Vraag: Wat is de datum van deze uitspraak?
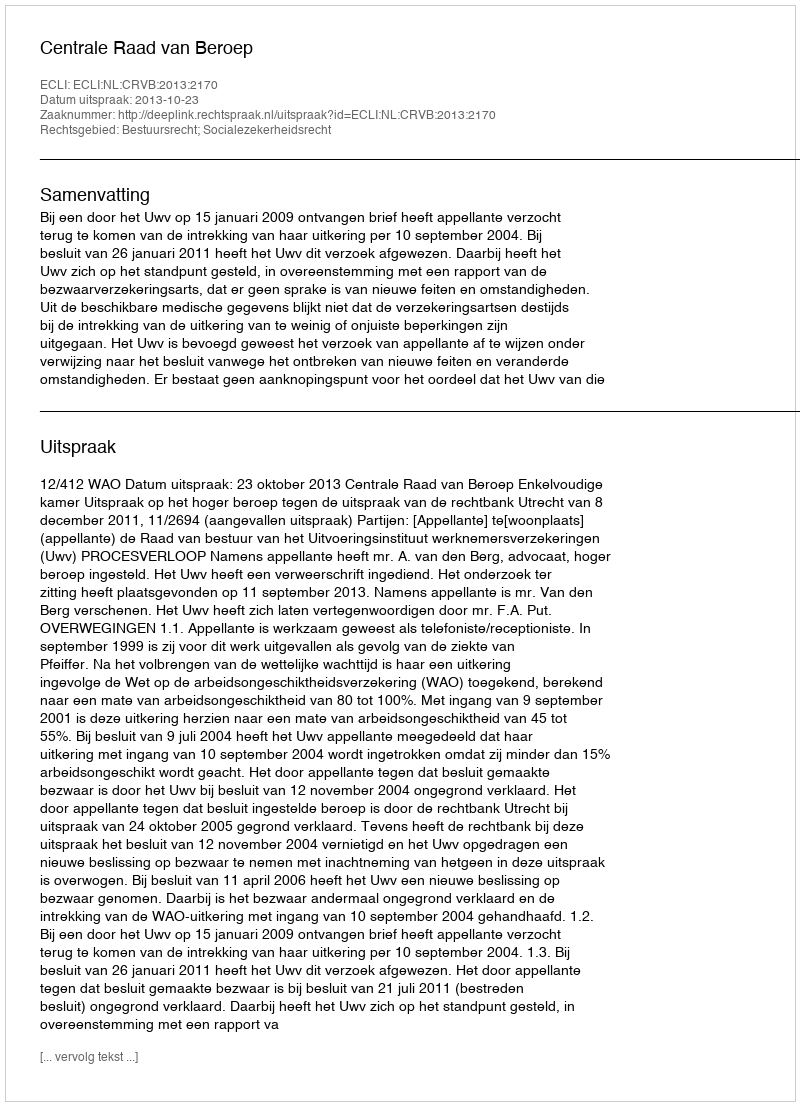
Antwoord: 2013-10-23